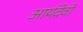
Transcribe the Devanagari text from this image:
आर्यदेवी